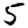
Digit: 5